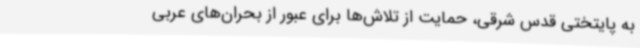
به پایتختی قدس شرقی، حمایت از تلاش‌ها برای عبور از بحران‌های عربی